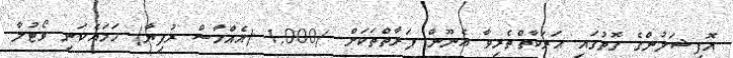
އޮފިޝަލުންގެ ގޮތުގައި ޙަރަކާތްތެރިވާ އެނޫން ފަރާތްތަކަށް -/1